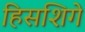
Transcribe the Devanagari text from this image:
हिसशिगे